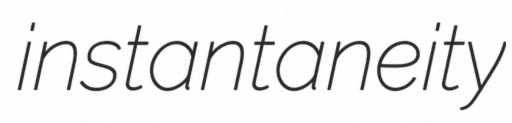
instantaneity